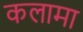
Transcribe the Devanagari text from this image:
कलामा